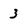
Character: 3